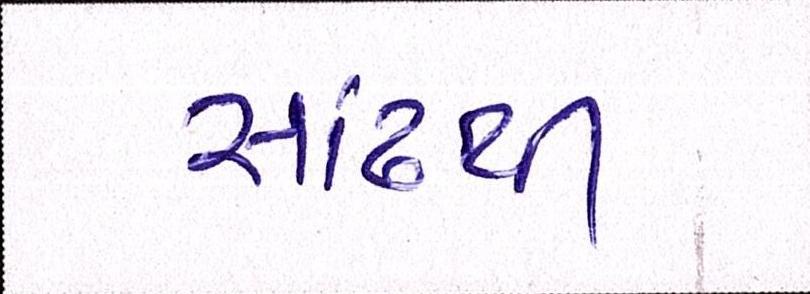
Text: સાંઢથી